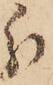
分